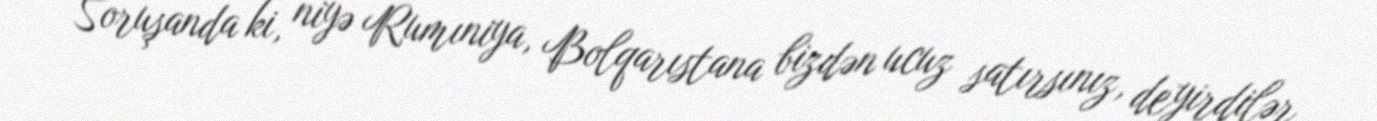
Soruşanda ki, niyə Rumıniya, Bolqarıstana bizdən ucuz satırsınız, deyirdilər